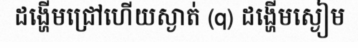
ដង្ហើមជ្រៅហើយស្ងាត់ (q) ដង្ហើមស្ងៀម